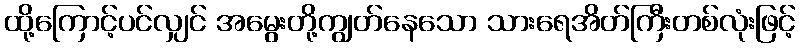
ထို့ကြောင့်ပင်လျှင် အမွေးတို့ကျွတ်နေသော သားရေအိတ်ကြီးတစ်လုံးဖြင့်